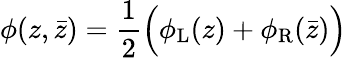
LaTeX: \phi(z,\bar{z})=\frac{1}{2}\Big(\phi_{\mathrm{L}}(z)+\phi_{\mathrm{R}}(\bar{z})\Big)